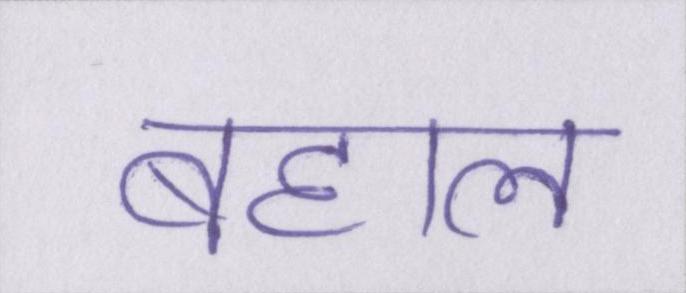
बहाल